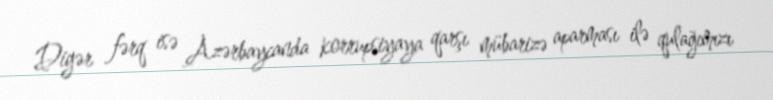
Digər fərq isə Azərbaycanda korrupsiyaya qarşı mübarizə aparması ilə qulağımızı